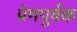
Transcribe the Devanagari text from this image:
प्रेमपुर्वक